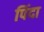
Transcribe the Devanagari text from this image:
पिंदा